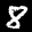
Label: 8